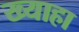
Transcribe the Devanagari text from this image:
ख्याहा